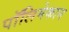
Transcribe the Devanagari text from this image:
पॉलिमेकान